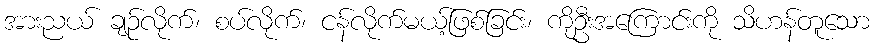
အားညယ် ချဉ်လိုက်၊ စပ်လိုက်၊ ငန်လိုက်မယ့်ဖြစ်ခြင်း၊ ကိုဦးအကြောင်းကို သိဟန်တူသော